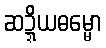
ဆဍ္ဍိယဓမ္မော